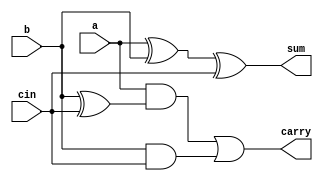
`timescale 1ns / 1ps
//////////////////////////////////////////////////////////////////////////////////
// Company: 
// Engineer: 
// 
// Design Name: 
// Module Name:    vedic_multiplier4x4bit 
// Project Name:     Arithmetic ckts
// Target Devices: 
// Tool versions: 
// Description: 
//
// Dependencies: 
//
// Revision: 
// Revision 0.01 - File Created
// Additional Comments: 
//
//////////////////////////////////////////////////////////////////////////////////
module FA(sum,carry,a,b,cin);
input a,b,cin;
output reg sum,carry;
always@(a or b or cin)
begin
sum<=a^b^cin;
carry<=(a&(b^cin))|(b&cin);
end
endmodule
module HA(sum,carry,a,b);
input a,b;
output reg sum,carry;
always@(a or b )
begin
sum<=a^b;
carry<=a&b;
end
endmodule

module vedic_multiplier4x4bit(pro,a,b);
parameter m=4;
input [m-1:0] a,b;
output  [2*m-1:0] pro;
assign pro[0]=a[0]&b[0];
wire [13:0] tc;
wire [7:0] ts;
HA HA1(pro[1],tc[0],a[1]&b[0],b[1]&a[0]);

FA FA1 (ts[0],tc[1],a[0]&b[2],a[1]&b[1],a[2]&b[0]);
HA HA2 (pro[2],tc[2],ts[0],tc[0]);

FA FA2(ts[1],tc[3],b[3]&a[0],b[2]&a[1],b[1]&a[2]);
FA FA3(ts[2],tc[4],b[0]&a[3],tc[1],tc[2]);
HA HA3(pro[3],tc[5],ts[1],ts[2]);

FA FA4(ts[3],tc[6],b[3]&a[1],b[2]&a[2],b[1]&a[3]);
FA FA5(ts[4],tc[7],tc[3],tc[4],tc[5]);
HA HA4(pro[4],tc[8],ts[3],ts[4]);

HA HA5(ts[5],tc[9],b[3]&a[2],b[2]&a[3]);
FA FA6(ts[6],tc[10],tc[6],tc[7],tc[8]);
HA HA6(pro[5],tc[11],ts[5],ts[6]);

FA FA7(ts[7],tc[12],a[3]&b[3],tc[9],tc[10]);
HA HA7(pro[6],tc[13],ts[7],tc[11]);

HA HA(pro[7], ,tc[12],tc[13]);

endmodule